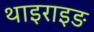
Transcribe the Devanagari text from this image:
थाइराइङ